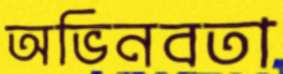
অভিনবতা